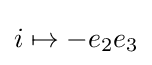
i\mapsto -e_{2}e_{3}